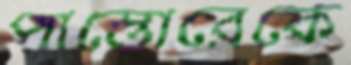
পাস্তোরেকে